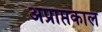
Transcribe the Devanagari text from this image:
अप्राप्तकाल